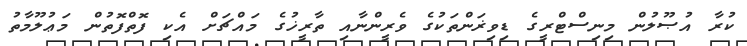
ކުރާ އުޞޫލުން މިނިސްޓްރީގެ ޑިވިޜަންތަކުގެ ވެރީންނާއި ތާރީޚުގެ މައްޗަށް އެކި ފޮތްފޮތުން މަޢުލޫމާތު